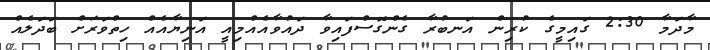
މާދަމާ 2:30 ގައިމީގެ ކުރިން އަނބުރާ ގެންގޮސްފައިވާ ދައުވާއެއްމިއީ އަނިޔާއެއް ހިތްވަރަށް ބަދަލެއް